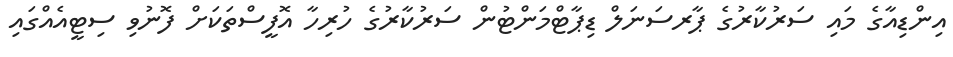
އިންޑިއާގެ މައި ސަރުކާރުގެ ޕާރސަނަލް ޑިޕާޓްމަންޓުން ސަރުކާރުގެ ހުރިހާ އޮފީސްތަކަށް ފޮނުވި ސިޓީއެއްގައި